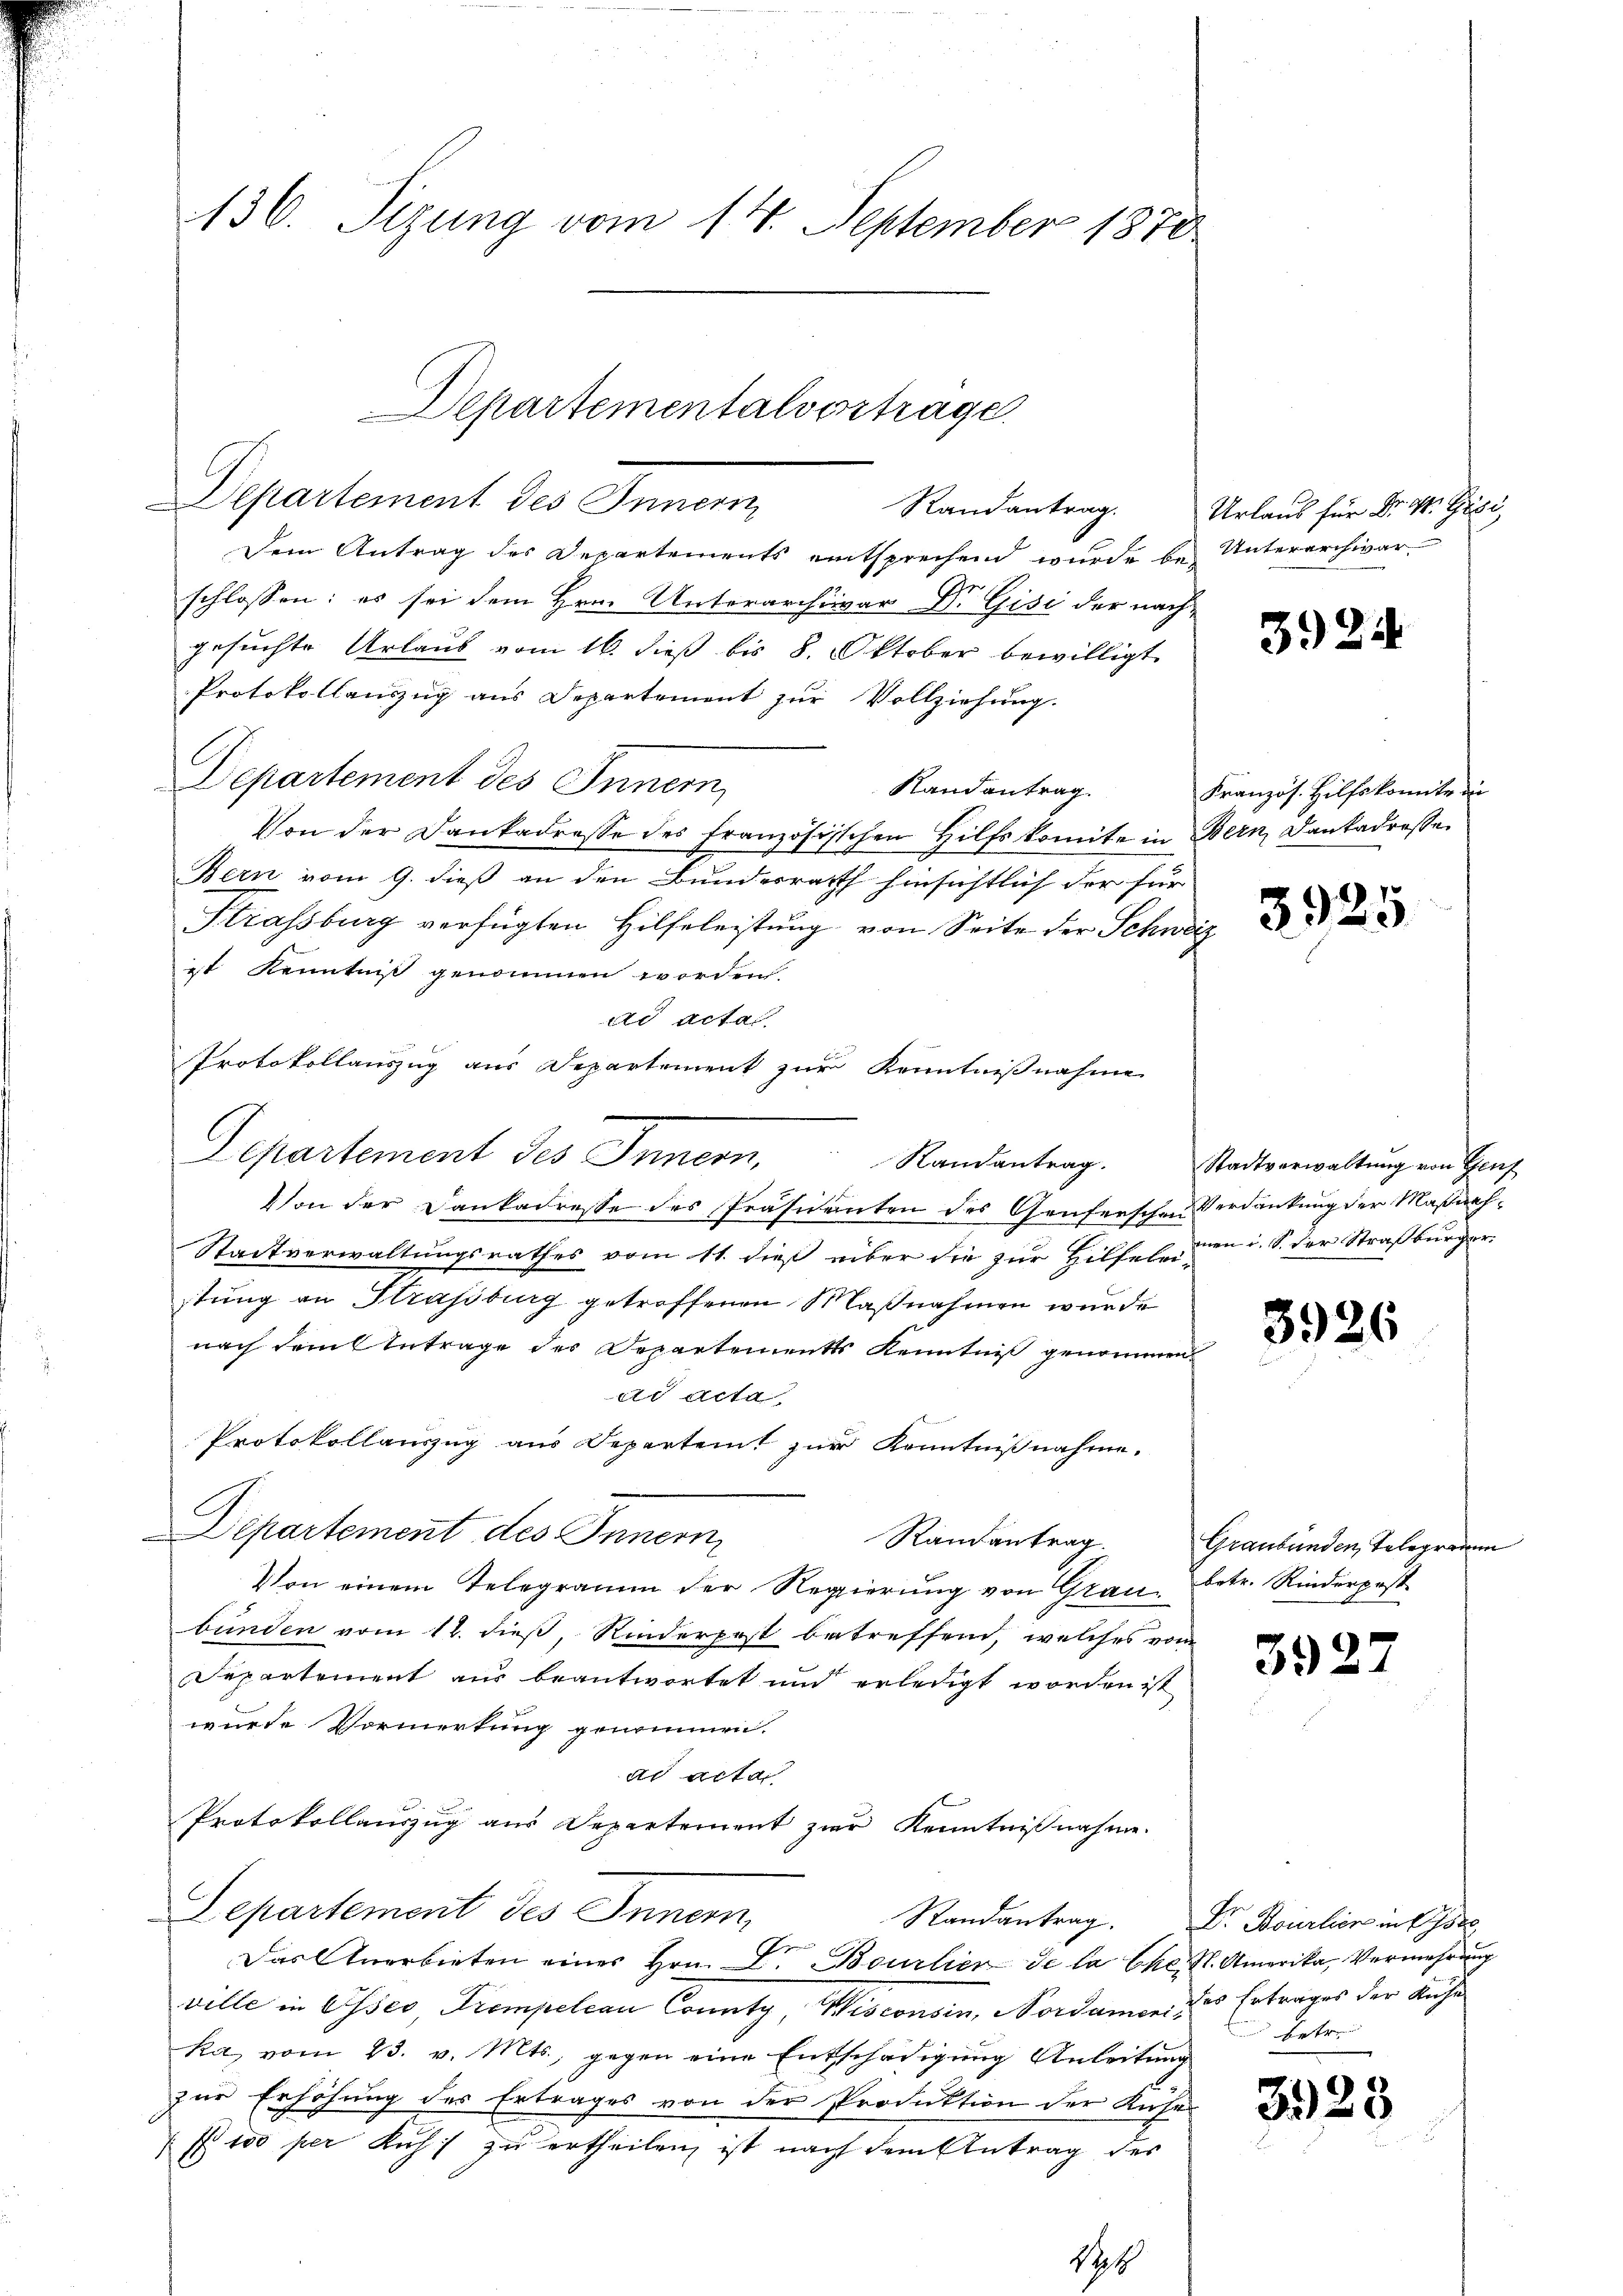
Departement des Innern
Randantrag.
Dem Antrag des Departements entsprechend wurde bei Unterarchivar
schlossen: es sei dem Hrn. Unterarchivar Dr. Gisi der nach
gesuchte Urlaub vom 16. dieß bis 8. Oktober bewilligt
Protokollauszug aus Departement zur Vollziehung.
Departement des Innern,
Randantrag.
Von der Dankadresse des französischen Hilfskomite in Bern, Dankadresse
Bern vom 9. dieß an den Bundesrath hinsichtlich der für
Strassburg verfügten Hilfeleistung von Seite der Schweiz
ist Kenntniß genommen worden.
ad acta
Protokollauszug aus Departement zur Kenntnißnahme
Departement des Innern,
Randantrag.
Von der Dankadresse des Präsidenten des Genferschen Verdankung der Maßnah¬
Stadtverwaltungsrathes vom 11. dieß über die zur Hilfel von i. S. der Straßburger
stung an Strassburg getroffenen Maßnahmen wurde
nach dem Antrage der Departements Kenntniß genommen
ad acta.
Protokollauszug aus Departeit zur Kenntnißnahme.
C
Departement des Innern
Randantrag.
Von einem Telegramm der Regierung von Grau, betr. Rinderpost
bunden vom 12. dieß Kinderpost betreffend, welches vom
Departement aus beantwortet und erledigt worden ist
wurde Vormerkung genommen.
ad acta
Protokollauszug aus Departement zur Kenntnißnahme.
Departement des Innern,
Randantrag. Dr Bourlier in Oste
Das Anerbieten eines Hrn. Dr. Bourtier de la Chr. S. Amerika, Vermehrung
ville in Asses, Trompelcau County, Wisconsen, Nordamen, das Ertrages der Kuche
ka, vom 23. v. Mts., gegen eine Entschädigung Anleitung
zur Erhöhung des Ertrages von der Produktion der Kise
P 100 per Kuh zu ertheilen, ist nach dem Antrag des

136. Sizung vom 14. September 1870

Departementalvertrage.

19

Urlaus für Dr. M. Gisi,

3924

Kranzös. Hilfskomite in

3925

Stadtverwaltung von Genf

3926

Graubünden, Telegramm

392

betrei

3923